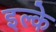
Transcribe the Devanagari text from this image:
इल्के